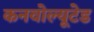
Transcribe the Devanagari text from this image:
कनवोल्यूटेड